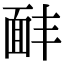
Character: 𩈈